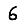
Digit: 6